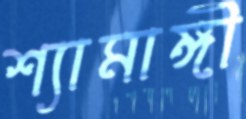
শ্যামাঙ্গী